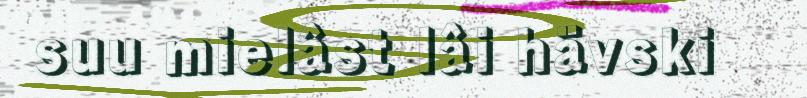
suu mielâst lâi hävski